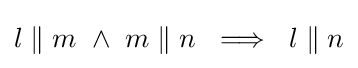
l\parallel m\ \land \ m\parallel n\ \implies \ l\parallel n